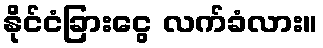
နိုင်ငံခြားငွေ လက်ခံလား။